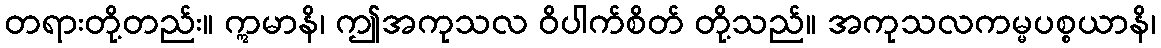
တရားတို့တည်း။ ဣမာနိ၊ ဤအကုသလ ဝိပါက်စိတ် တို့သည်။ အကုသလကမ္မပစ္စယာနိ၊